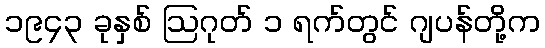
၁၉၄၃ ခုနှစ် ဩဂုတ် ၁ ရက်တွင် ဂျပန်တို့က